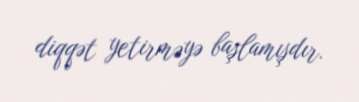
diqqət yetirməyə başlamışdır.